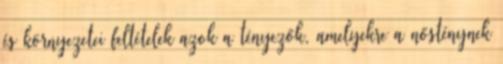
és környezetei feltételek azok a tényezők, amelyekre a nősténynek